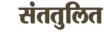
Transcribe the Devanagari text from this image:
संततुलित